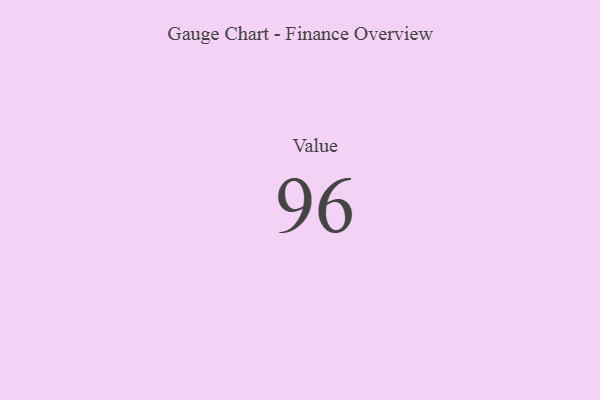
{"axis": {"x": "Metric", "y": "Value"}, "legend": [""], "data": [{"x": "Value", "y": 96, "type": ""}]}